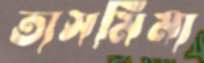
তাসমিমা